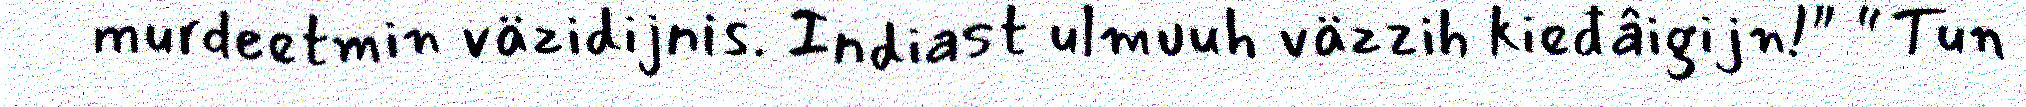
murdeetmin väzidijnis. Indiast ulmuuh väzzih kieđâigijn!" “Tun